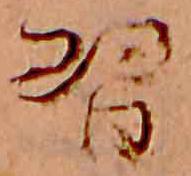
習